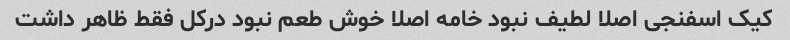
کیک اسفنجی اصلا لطیف نبود خامه اصلا خوش طعم نبود درکل فقط ظاهر داشت